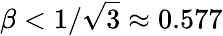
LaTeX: \beta<1/\sqrt{3}\approx 0.577